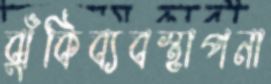
ঝুঁকিব্যবস্থাপনা